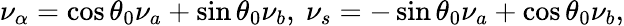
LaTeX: \nu_{\alpha}=\cos\theta_{0}\nu_{a}+\sin\theta_{0}\nu_{b},\ \nu_{s}=-\sin\theta_{0}\nu_{a}+\cos\theta_{0}\nu_{b},